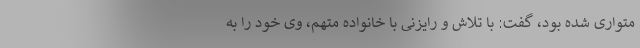
متواری شده بود، گفت: با تلاش و رایزنی با خانواده متهم، وی خود را به